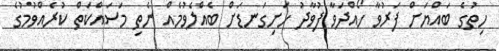
ހިތުގެ ބައްޔަށް ފަރުވާ ހޯއްދަވާ ފުވާދު ހަށިގަނޑަށް ބެއްލެވުމެއް ނެތި މަސައްކަތް ކުރެއްވުމުގެ